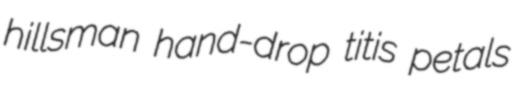
hillsman hand-drop titis petals